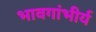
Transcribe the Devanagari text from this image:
भावगांभीर्य